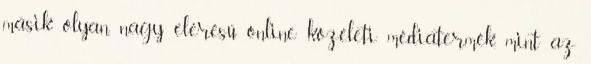
másik olyan, nagy elérésű online közéleti médiatermék, mint az